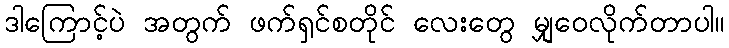
ဒါကြောင့်ပဲ အတွက် ဖက်ရှင်စတိုင် လေးတွေ မျှဝေလိုက်တာပါ။